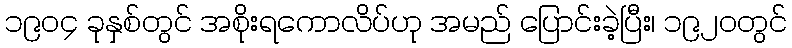
၁၉၀၄ ခုနှစ်တွင် အစိုးရကောလိပ်ဟု အမည် ပြောင်းခဲ့ပြီး၊ ၁၉၂၀တွင်